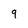
Character: 9